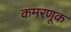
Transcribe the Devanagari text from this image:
कमरणूक